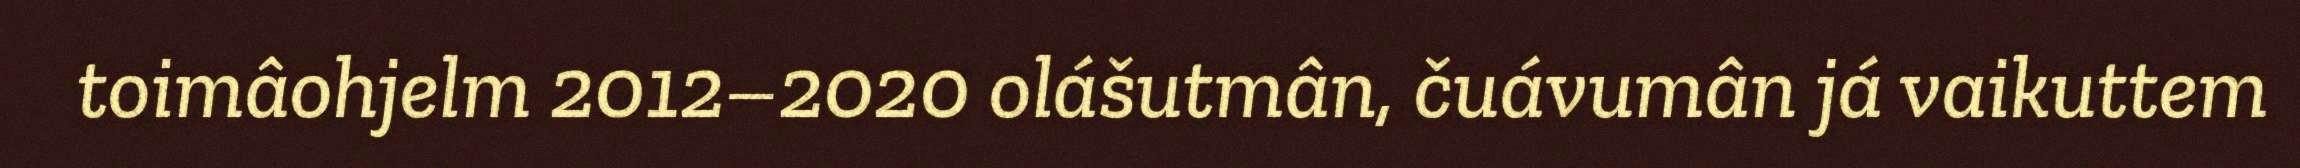
toimâohjelm 2012–2020 olášutmân, čuávumân já vaikuttem